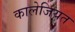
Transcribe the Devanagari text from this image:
कालेजियत